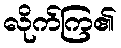
လိုက်ကြ၏